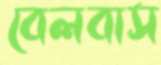
বেলবাস